Indian journal of veterinary science and animal husbandry - Volumes 15-17, 1948-1951
Year: 1948
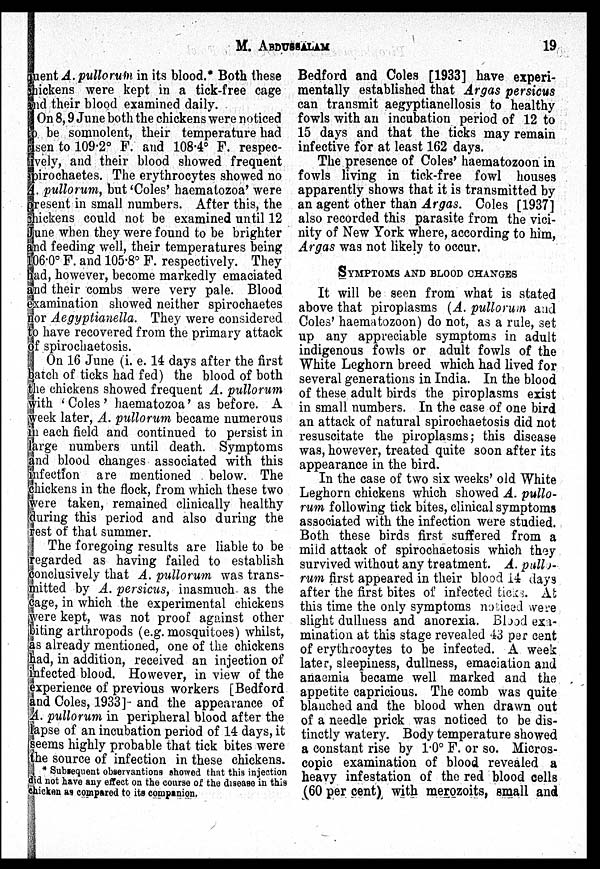
M.
ABDUSSALAM
19
quent A. pullorum in its blood.* Both these
chickens were kept in a tick-free cage
and their blood examined daily.
On 8, 9 June both the chickens were noticed
to be somnolent, their temperature had
risen to 109.2º F. and 108.4º P. respec-
tively, and their blood showed frequent
spirochaetes. The erythrocytes showed no
A. pullorum, but 'Coles' haematozoa' were
present in small numbers. After this, the
chickens could not be examined until 12
June when they were found to be brighter
and feeding well, their temperatures being
106.0º F. and 105.8º F. respectively. They
had, however, become markedly emaciated
and their combs were very pale. Blood
examination showed neither spirochaetes
nor Aegyptianella. They were considered
to have recovered from the primary attack
of spirochaetosis.
On 16 June (i. e. 14 days after the first
batch of ticks had fed) the blood of both
the chickens showed frequent A. pullorum
with 'Coles' haematozoa' as before. A
week later, A. pullorum became numerous
in each field and continued to persist in
large numbers until death. Symptoms
and blood changes associated with this
infection are mentioned below. The
chickens in the flock, from which these two
were taken, remained clinically healthy
during this period and also during the
rest of that summer.
The foregoing results are liable to be
regarded as having failed to establish
conclusively that A. pullorum was trans-
mitted by A. persicus, inasmuch as the
cage, in which the experimental chickens
were kept, was not proof against other
biting arthropods (e.g. mosquitoes) whilst,
as already mentioned, one of the chickens
had, in addition, received an injection of
infected blood. However, in view of the
experience of previous workers [Bedford
and Coles, 1933] and the appearance of
A. pullorum in peripheral blood after the
lapse of an incubation period of 14 days, it
seems highly probable that tick bites were
the source of infection in these chickens.
* Subsequent observantions showed that this injection
did not have any effect on the course of the disease in this
chicken as compared to its companion.
Bedford and Coles [1933] have experi-
mentally established that Argas persicus
can transmit aegyptianellosis to healthy
fowls with an incubation period of 12 to
15 days and that the ticks may remain
infective for at least 162 days.
The presence of Coles' haematozoon in
fowls living in tick-free fowl houses
apparently shows that it is transmitted by
an agent other than Argas. Coles [1937]
also recorded this parasite from the vici-
nity of New York where, according to him,
Argas was not likely to occur.
SYMPTOMS AND BLOOD CHANGES
It will be seen from what is stated
above that piroplasms (A. pullorum and
Coles' haematozoon) do not, as a rule, set
up any appreciable symptoms in adult
indigenous fowls or adult fowls of the
White Leghorn breed which had lived for
several generations in India. In the blood
of these adult birds the piroplasms exist
in small numbers. In the case of one bird
an attack of natural spirochaetosis did not
resuscitate the piroplasms; this disease
was, however, treated quite soon after its
appearance in the bird.
In the case of two six weeks' old White
Leghorn chickens which showed A. pullo-
rum following tick bites, clinical symptoms
associated with the infection were studied.
Both these birds first suffered from a
mild attack of spirochaetosis which they
survived without any treatment. A. pull)-
rum first appeared in their blood 14 days
after the first bites of infected ticks. At
this time the only symptoms noticed were
slight dullness and anorexia. Blood exa-
mination at this stage revealed 43 per cent
of erythrocytes to be infected. A week
later, sleepiness, dullness, emaciation and
anaemia became well marked and the
appetite capricious. The comb was quite
blanched and the blood when drawn out
of a needle prick was noticed to be dis-
tinctly watery. Body temperature showed
a constant rise by 1.0º F. or so. Micros-
copic examination of blood revealed a
heavy infestation of the red blood cells
(60 per cent) with merozoits, small and